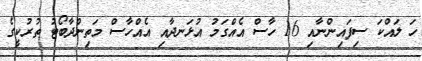
ހަ ލައްކަ ސިފައިންނާއި 16 ހާސް އެއްގަމު އުޅަނދާއި އެއްހާސް މަތިންދާބޯޓު ތުރުކީގެ